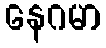
နေဂမာ